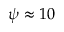
\psi \approx 1 0